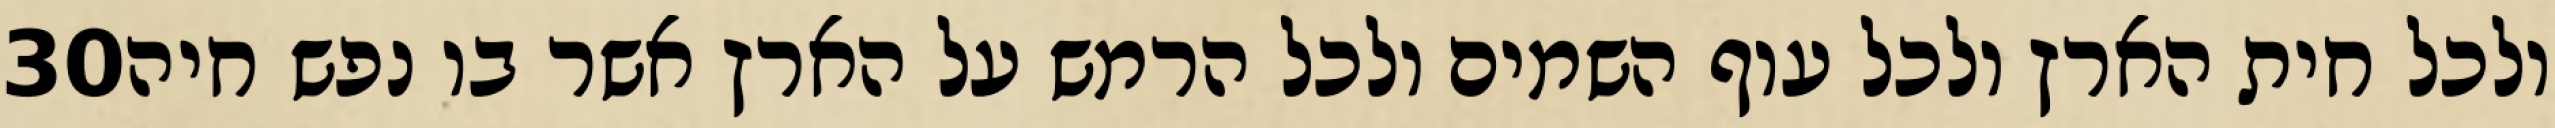
‎30‏ ולכל חית הארץ ולכל עוף השמים ולכל הרמש על הארץ אשר בו נפש חיה